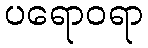
ပရောဝရာ